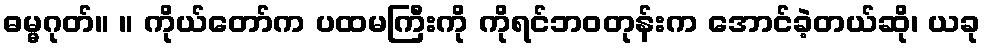
ဓမ္မဂုတ်။ ။ ကိုယ်တော်က ပထမကြီးကို ကိုရင်ဘဝတုန်းက အောင်ခဲ့တယ်ဆို၊ ယခု